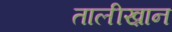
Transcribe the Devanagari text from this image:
तालीख़ान